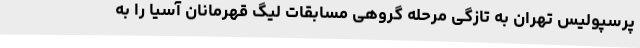
پرسپولیس تهران به تازگی مرحله گروهی مسابقات لیگ قهرمانان آسیا را به